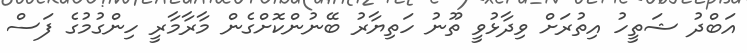
އަބްދު ޝަތީހު އިތުރަށް ވިދާޅުވީ ތޫނު ހަތިޔާރު ބޭނުންކޮށްގެން މާރާމާރީ ހިންގުމުގެ ފަސް